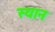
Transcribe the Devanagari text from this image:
स्‍थान